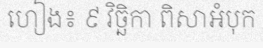
ហៀង៖ ៩ វិច្ឆិកា ពិសាអំបុក